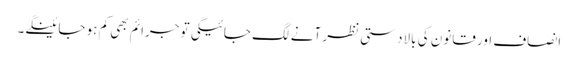
انصاف اور قانون کی بالادستی نظر آنے لگ جائیگی تو جرائم بھی کم ہو جائینگے۔